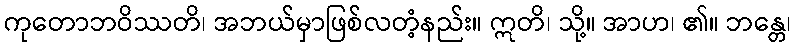
ကုတောဘဝိဿတိ၊ အဘယ်မှာဖြစ်လတံ့နည်း။ ဣတိ၊ သို့။ အာဟ၊ ၏။ ဘန္တေ၊